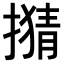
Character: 𢴘